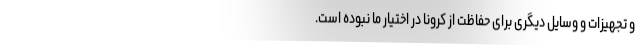
و تجهیزات و وسایل دیگری برای حفاظت از کرونا در اختیار ما نبوده است.